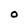
Character: O